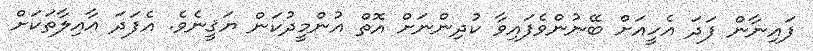
ފައިނާން ފަދަ އެހީއަށް ބޭނުންވެފައިވާ ކުދިންނަށް އޮތް އުންމީދުކަން ޔަޤީނެވެ. އެފަދަ އާއިލާތަކަށް